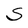
Character: S